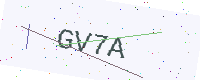
Text: GV7A